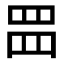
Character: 𮊂